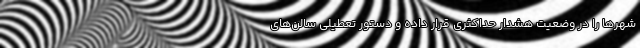
شهرها را در وضعیت هشدار حداکثری قرار داده و دستور تعطیلی سالن‌های